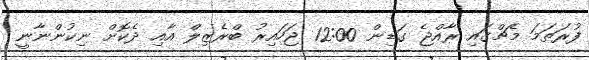
ފުރަތަމަ މެޗްގައި ރާއްޖެ ގަޑިން 12:00 ޖަހައިރު ބްރެޒިލް އާއި ދެކޮށް ނިކުންނާނީ